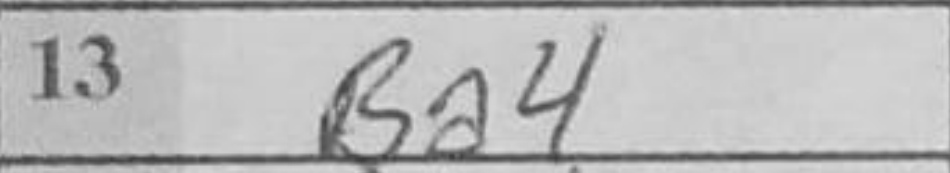
Transcription: Ba4